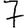
Digit: 7